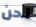
نحن